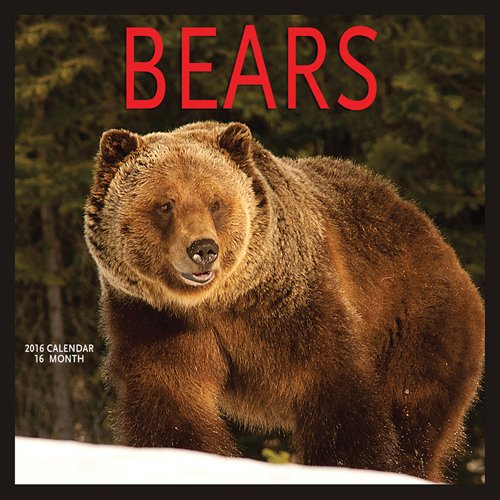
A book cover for Bears 2016 Square 12x12 Wyman; Browntrout Publishers; Calendars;